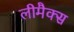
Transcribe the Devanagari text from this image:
लीमैक्स